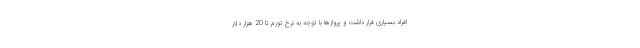
افراد بسیاری قرار داشت و پروازها با توجه به نرخ تورم تا 20 هزار دلار